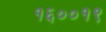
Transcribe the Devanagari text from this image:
१६००१९